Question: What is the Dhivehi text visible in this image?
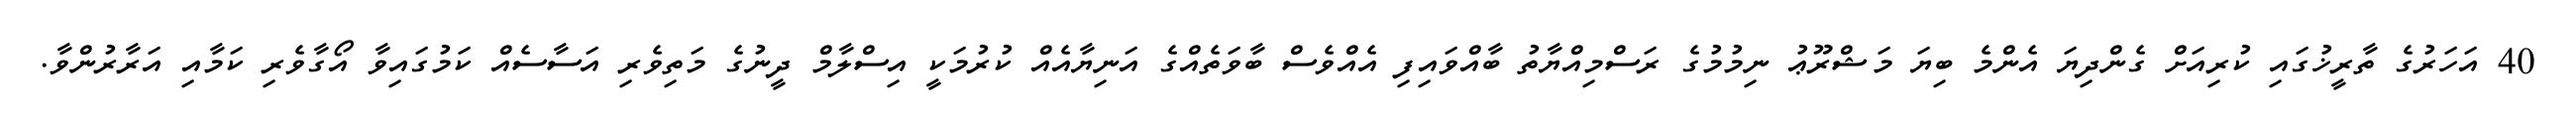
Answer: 40 އަހަރުގެ ތާރީޚުގައި ކުރިއަށް ގެންދިޔަ އެންމެ ބިޔަ މަޝްރޫޢު ނިމުމުގެ ރަސްމިއްޔާތު ބާއްވައިފި އެއްވެސް ބާވަތެއްގެ އަނިޔާއެއް ކުރުމަކީ އިސްލާމް ދީނުގެ މަތިވެރި އަސާސެއް ކަމުގައިވާ އޯގާވެރި ކަމާއި އަރާރުންވާ.